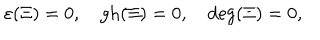
LaTeX: \varepsilon ( \Xi ) = 0 , \quad \mathrm { g h } ( \Xi ) = 0 , \quad \mathrm { d e g } ( \Xi ) = 0 ,